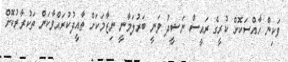
ވަކިން ހާއްސަކޮށް ކުރީގެ ރައީސް ނަޝީދު ވަނީ ބަރުލަމާނީ ނިޒާމަކަށް ތާއީދުކުރައްވާކަން ތަކުރާރުކޮށް